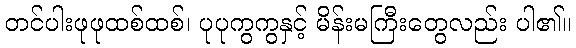
တင်ပါးဖုဖုထစ်ထစ်၊ ပုပုကွကွနှင့် မိန်းမကြီးတွေလည်း ပါ၏။